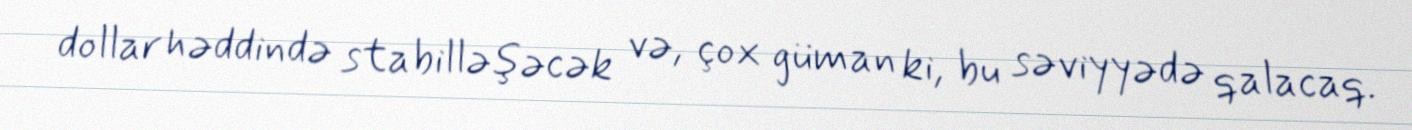
dollar həddində stabilləşəcək və, çox güman ki, bu səviyyədə qalacaq.